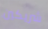
شريكين